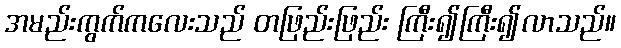
အမည်းကွက်ကလေးသည် တဖြည်းဖြည်း ကြီး၍ကြီး၍လာသည်။